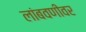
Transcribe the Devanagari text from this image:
लांबवणीवर